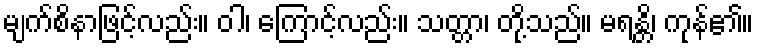
မျက်စိနာဖြင့်လည်း။ ဝါ၊ ကြောင့်လည်း။ သတ္တာ၊ တို့သည်။ မရန္တိ၊ ကုန်၏။